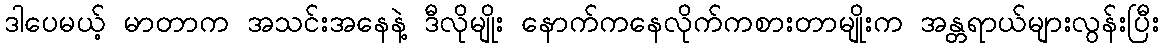
ဒါပေမယ့် မာတာက အသင်းအနေနဲ့ ဒီလိုမျိုး နောက်ကနေလိုက်ကစားတာမျိုးက အန္တရာယ်များလွန်းပြီး